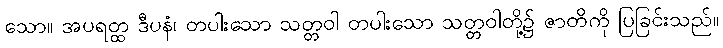
သော။ အပရတ္ထ ဒီပနံ၊ တပါးသော သတ္တဝါ တပါးသော သတ္တဝါတို့၌ ဇာတိကို ပြခြင်းသည်။